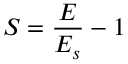
S = \frac { E } { E _ { s } } - 1